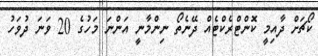
ކޯޗަށް ދާއިމީ ކޮންޓްރެކްޓެއް ދޭނެތޯ ނިންމާނީ އަންނަ މަހުގެ 20 ވަނަ ދުވަހު